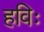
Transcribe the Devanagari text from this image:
हविः